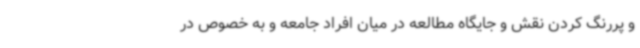
و پررنگ کردن نقش و جایگاه مطالعه در میان افراد جامعه و به خصوص در